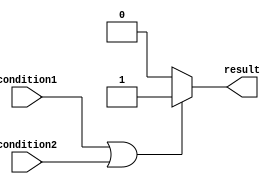
module conditional_statement (
    input wire condition1,
    input wire condition2,
    output reg result
);

always @(*) begin
    if (condition1 || condition2) begin
        // execute this block if condition1 OR condition2 is true
        result = 1;
    end else begin
        // execute this block if neither condition1 nor condition2 is true
        result = 0;
    end
end

endmodule